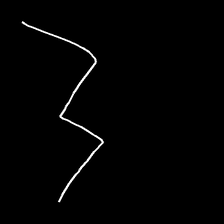
Glyph: crush